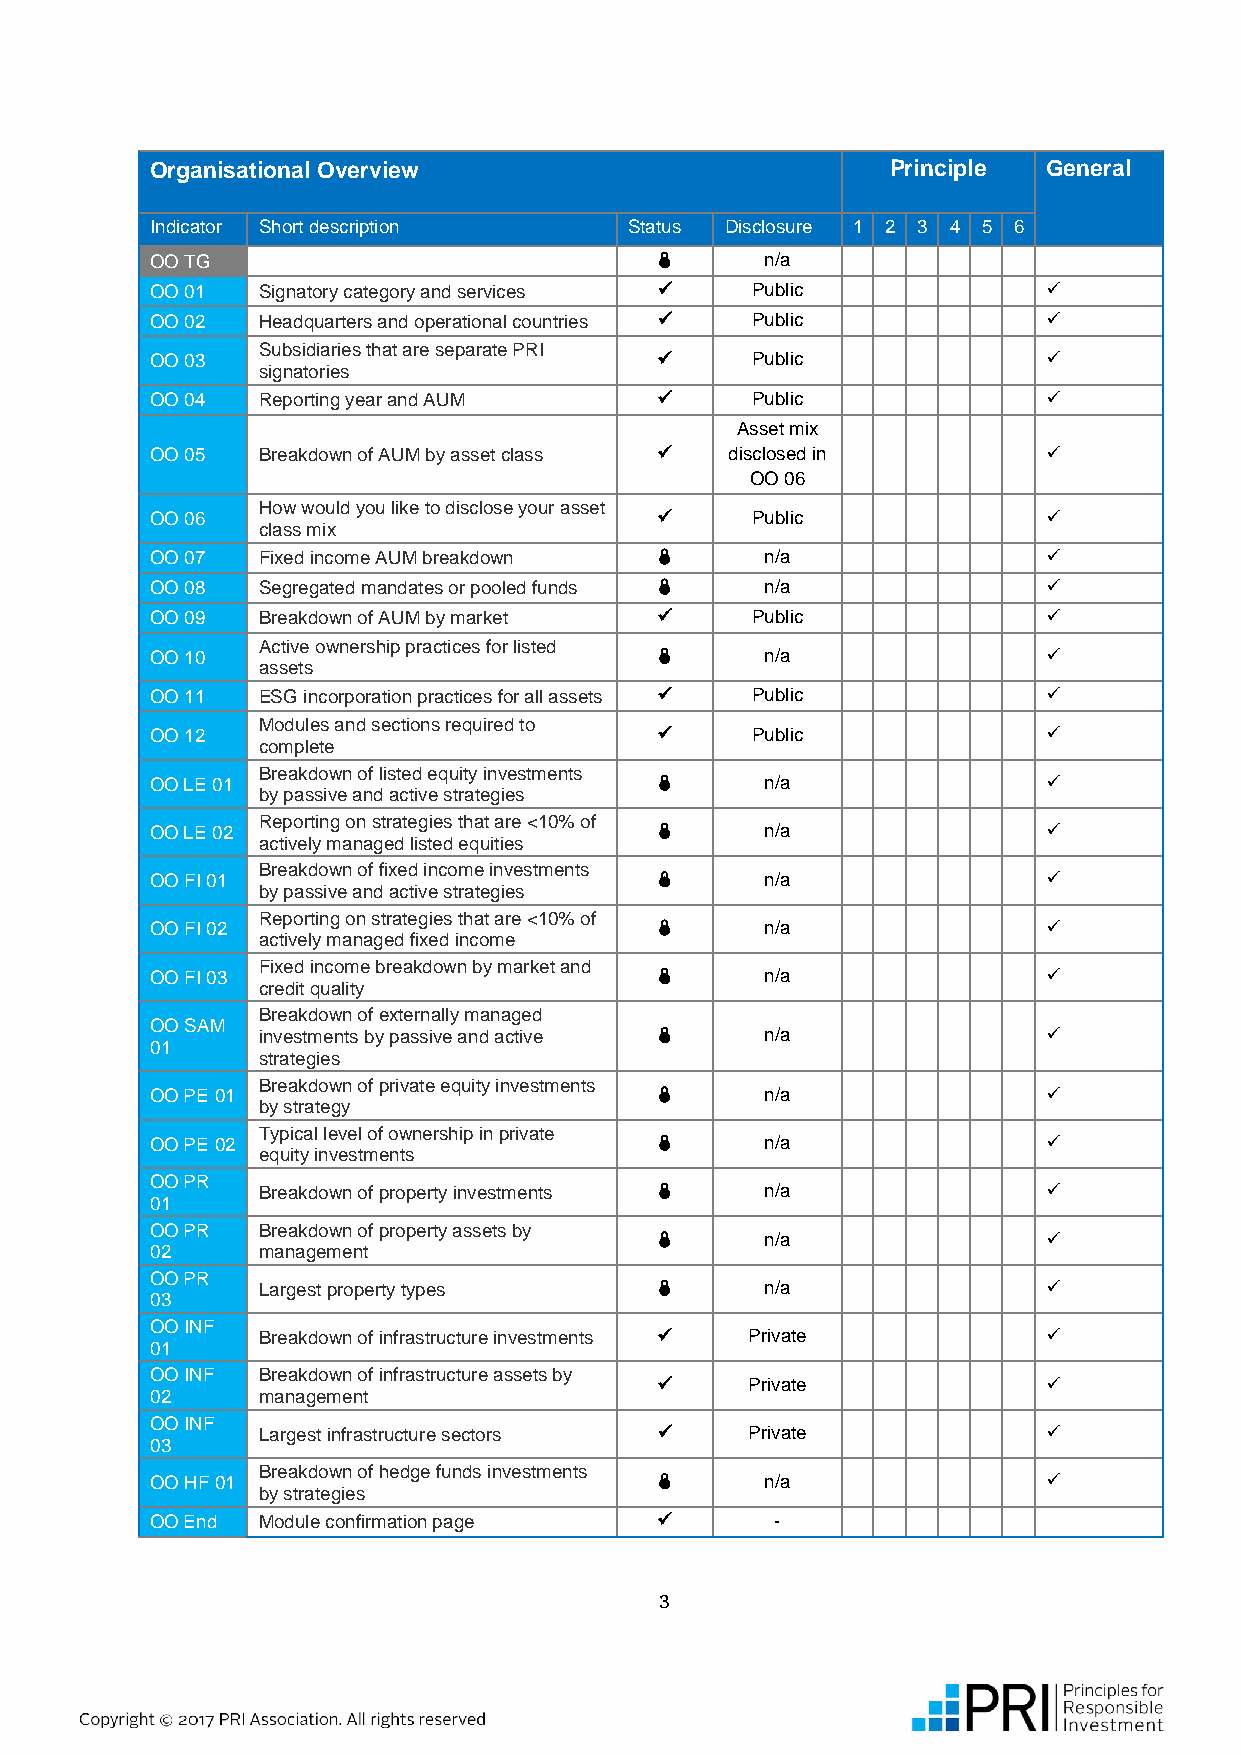
Organisational Overview                          Principle General
 Indicator Short description     Status Disclosure 1 2 3 4 5 6
 OO TG                                   n/a
 OO 01  Signatory category and services  Public            
 OO 02  Headquarters and operational countries  Public     
 Subsidiaries that are separate PRI
 OO 03                                  Public             
 signatories
 OO 04  Reporting year and AUM          Public             
 Asset mix
 OO 05  Breakdown of AUM by asset class  disclosed in      
 OO 06
 How would you like to disclose your asset
 OO 06                                  Public             
 class mix
 OO 07  Fixed income AUM breakdown       n/a               
 OO 08  Segregated mandates or pooled funds  n/a           
 OO 09  Breakdown of AUM by market      Public             
 Active ownership practices for listed
 OO 10                                   n/a               
 assets
 OO 11  ESG incorporation practices for all assets  Public 
 Modules and sections required to
 OO 12                                  Public             
 complete
 Breakdown of listed equity investments
 OO LE 01                                n/a               
 by passive and active strategies
 Reporting on strategies that are <10% of
 OO LE 02                                n/a               
 actively managed listed equities
 Breakdown of fixed income investments
 OO FI 01                                n/a               
 by passive and active strategies
 Reporting on strategies that are <10% of
 OO FI 02                                n/a               
 actively managed fixed income
 Fixed income breakdown by market and
 OO FI 03                                n/a               
 credit quality
 Breakdown of externally managed
 OO SAM
 investments by passive and active  n/a             
 01
 strategies
 Breakdown of private equity investments
 OO PE 01                                n/a               
 by strategy
 Typical level of ownership in private
 OO PE 02                                n/a               
 equity investments
 OO PR
 Breakdown of property investments  n/a             
 01
 OO PR  Breakdown of property assets by
        n/a               
 02     management
 OO PR
 Largest property types           n/a               
 03
 OO INF
 Breakdown of infrastructure investments  Private   
 01
 OO INF Breakdown of infrastructure assets by
      Private            
 02     management
 OO INF
 Largest infrastructure sectors  Private            
 03
 Breakdown of hedge funds investments
 OO HF 01                                n/a               
 by strategies
 OO End Module confirmation page         -
 3